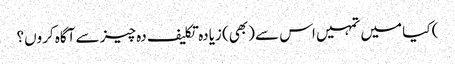
) کیا میں تمہیں اس سے (بھی) زیادہ تکلیف دہ چیز سے آگاہ کروں؟